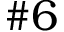
\# 6